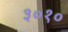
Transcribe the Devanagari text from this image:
३०१०